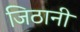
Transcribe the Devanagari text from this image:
जिठानी